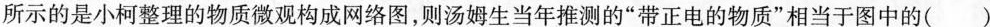
所示的是小柯整理的物质微观构成网络图，则汤姆生当年推测的”带正电的物质”相当于图中的( )